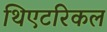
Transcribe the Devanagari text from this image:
थिएटरिकल